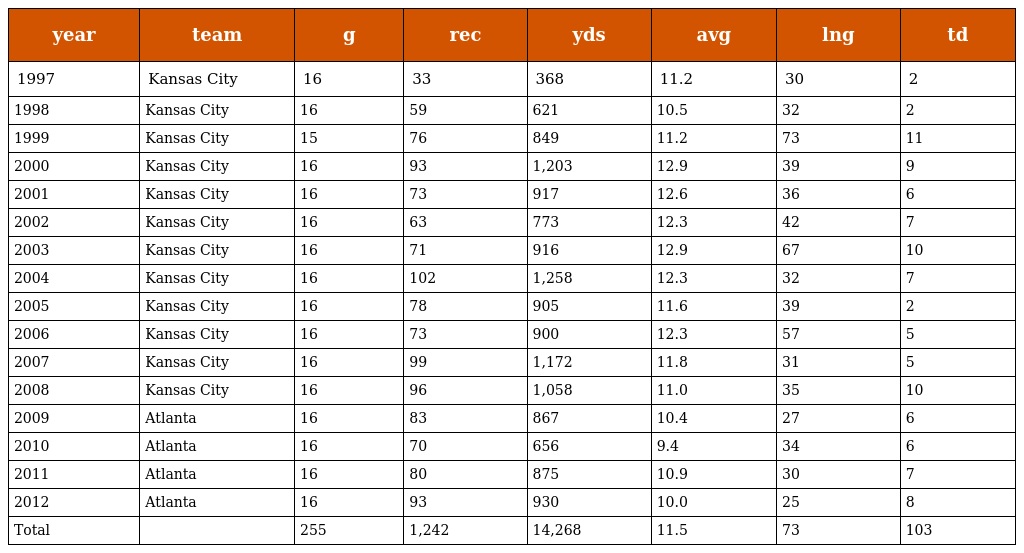
| year | team | g | rec | yds | avg | lng | td |
 | --- | --- | --- | --- | --- | --- | --- | --- |
 | 1997 | Kansas City | 16 | 33 | 368 | 11.2 | 30 | 2 |
 | 1998 | Kansas City | 16 | 59 | 621 | 10.5 | 32 | 2 |
 | 1999 | Kansas City | 15 | 76 | 849 | 11.2 | 73 | 11 |
 | 2000 | Kansas City | 16 | 93 | 1,203 | 12.9 | 39 | 9 |
 | 2001 | Kansas City | 16 | 73 | 917 | 12.6 | 36 | 6 |
 | 2002 | Kansas City | 16 | 63 | 773 | 12.3 | 42 | 7 |
 | 2003 | Kansas City | 16 | 71 | 916 | 12.9 | 67 | 10 |
 | 2004 | Kansas City | 16 | 102 | 1,258 | 12.3 | 32 | 7 |
 | 2005 | Kansas City | 16 | 78 | 905 | 11.6 | 39 | 2 |
 | 2006 | Kansas City | 16 | 73 | 900 | 12.3 | 57 | 5 |
 | 2007 | Kansas City | 16 | 99 | 1,172 | 11.8 | 31 | 5 |
 | 2008 | Kansas City | 16 | 96 | 1,058 | 11.0 | 35 | 10 |
 | 2009 | Atlanta | 16 | 83 | 867 | 10.4 | 27 | 6 |
 | 2010 | Atlanta | 16 | 70 | 656 | 9.4 | 34 | 6 |
 | 2011 | Atlanta | 16 | 80 | 875 | 10.9 | 30 | 7 |
 | 2012 | Atlanta | 16 | 93 | 930 | 10.0 | 25 | 8 |
 | Total |  | 255 | 1,242 | 14,268 | 11.5 | 73 | 103 |